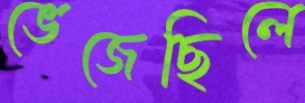
ভেজেছিলে